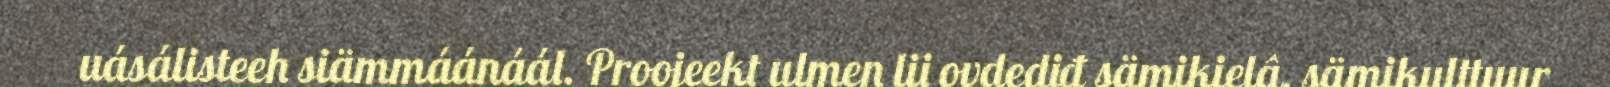
uásálisteeh siämmáánáál. Proojeekt ulmen lii ovdediđ sämikielâ, sämikulttuur